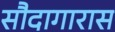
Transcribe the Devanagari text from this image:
सौदागारास